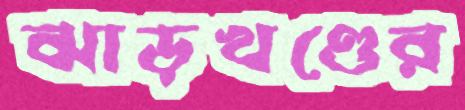
ঝাড়খণ্ডের